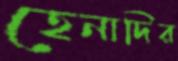
হেনাদির